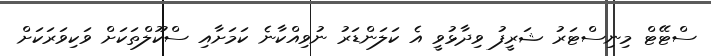
ސްޓޭޓް މިނިސްޓަރު ޝަރީފު ވިދާޅުވީ އެ ކަލަންޑަރު ނުވިއްކާނެ ކަމަށާއި ސްކޫލްތަކަށް ވަކިވަރަކަށް